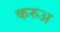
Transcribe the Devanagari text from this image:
करुअ